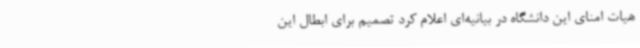
هیات امنای این دانشگاه در بیانیه‌ای اعلام کرد تصمیم برای ابطال این